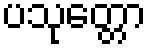
ပသုတ္တော